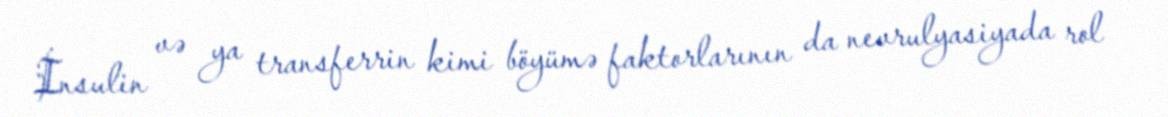
İnsulin və ya transferrin kimi böyümə faktorlarının da nevrulyasiyada rol